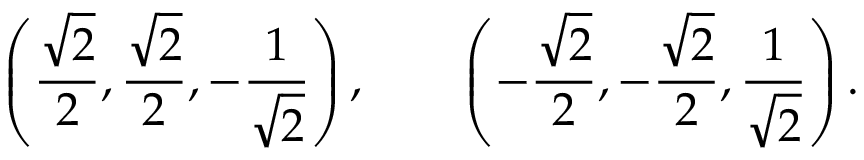
\left( { \frac { \sqrt { 2 } } { 2 } } , { \frac { \sqrt { 2 } } { 2 } } , - { \frac { 1 } { \sqrt { 2 } } } \right) , \qquad \left( - { \frac { \sqrt { 2 } } { 2 } } , - { \frac { \sqrt { 2 } } { 2 } } , { \frac { 1 } { \sqrt { 2 } } } \right) .